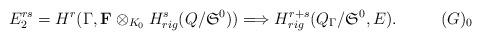
LaTeX: \begin{align*} E_2^{rs}=H^r(\Gamma,{\bf F}\otimes_{K_0}H_{rig}^s(Q/{\mathfrak S}^0))\Longrightarrow H_{rig}^{r+s}(Q_{\Gamma}/{\mathfrak S}^0,E).\tag*{$(G)_{0}$}\end{align*}